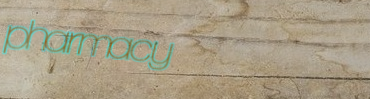
pharmacy